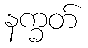
နက္ခတ်